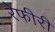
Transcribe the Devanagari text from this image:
रेफीरी